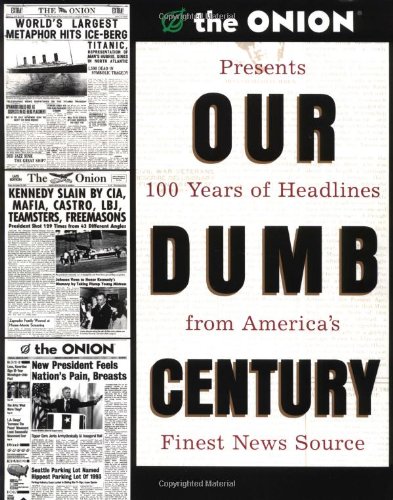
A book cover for Our Dumb Century: The Onion Presents 100 Years of Headlines from America's Finest News Source; The Onion; Humor & Entertainment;